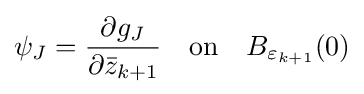
\psi _{J}={\frac {\partial g_{J}}{\partial {\bar {z}}_{k+1}}}\quad {\text{on}}\quad B_{\varepsilon _{k+1}}(0)